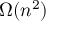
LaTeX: \Omega ( n ^ { 2 } ) \,